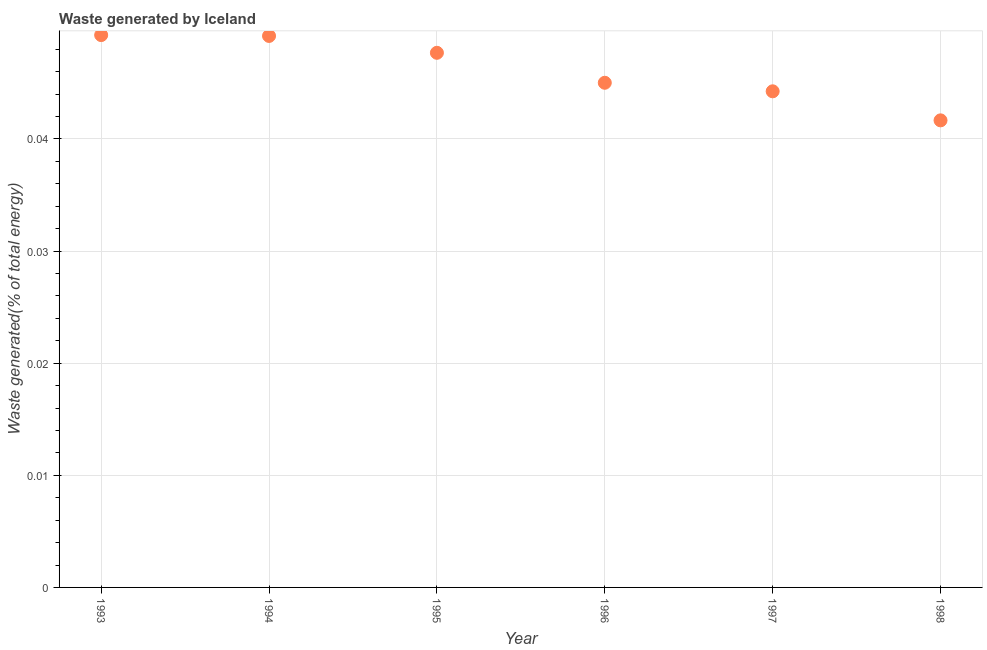
| Year | Combustible renewables and waste (% of total energy) |
 | --- | --- |
 | 1993 | 0.0493 |
 | 1994 | 0.0492 |
 | 1995 | 0.0477 |
 | 1996 | 0.045 |
 | 1997 | 0.0442 |
 | 1998 | 0.0417 |